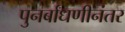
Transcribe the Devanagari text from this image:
पुनर्बांधणीनंतर